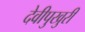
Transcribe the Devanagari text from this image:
देवीपुखुरी